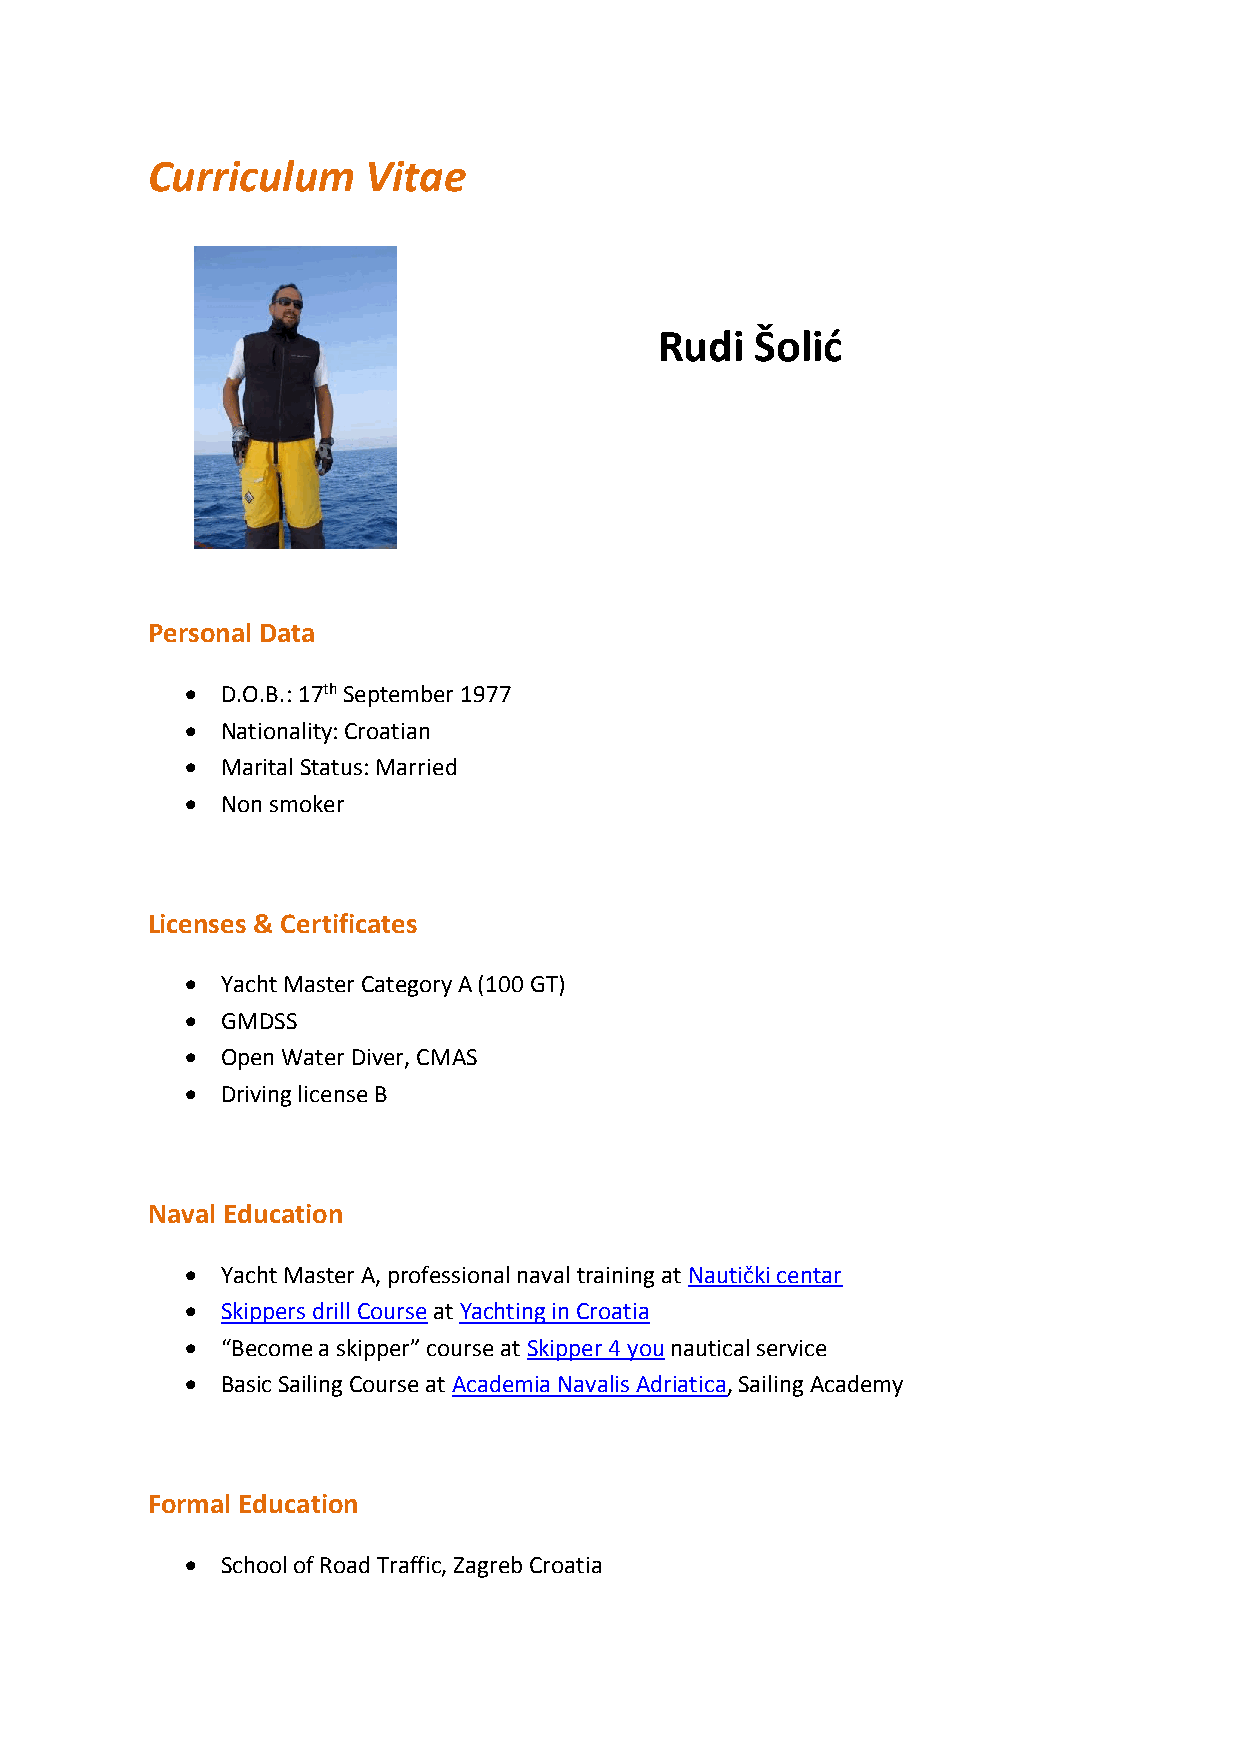
Curriculum    Vitae
 Rudi  Šolić
 Personal Data
   D.O.B.: 17th September 1977
   Nationality: Croatian
   Marital Status: Married
   Non smoker
 Licenses & Certificates
   Yacht Master Category A (100 GT)
   GMDSS
   Open Water Diver, CMAS
   Driving license B
 Naval Education
   Yacht Master A, professional naval training at Nautički centar
   Skippers drill Course at Yachting in Croatia
   “Become a skipper” course at Skipper 4 you nautical service
   Basic Sailing Course at Academia Navalis Adriatica, Sailing Academy
 Formal Education
   School of Road Traffic, Zagreb Croatia